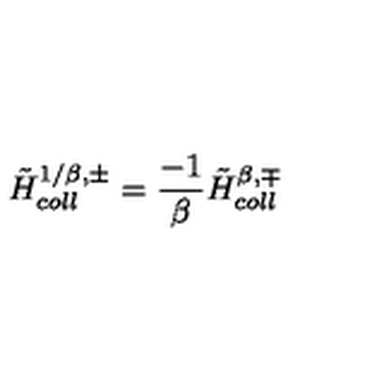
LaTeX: { \tilde { H } } _ { c o l l } ^ { 1 / \beta , \pm } = { \frac { - 1 } { \beta } } { \tilde { H } } _ { c o l l } ^ { \beta , \mp }